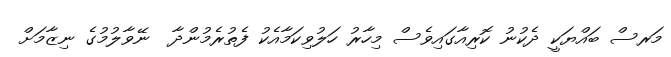
މަރސް ބައްޔަކީ ދެކުނު ކޮރިއާގައިވެސް މިހާރު ހަލުވިކަމާއެކު ފެތުރެމުންދާ  ނޭވާލުމުގެ ނިޒާމަށް